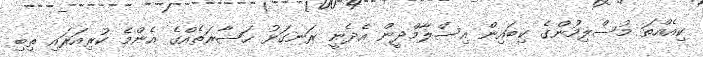
ކިއެއްތަ މުސްލިމުންގެ ކިބައިން އިސްލާމްދީން އެދެނީ ރަނގަޅު ޙަޟާރަތެއްގެ އެންމެ ކުރިއަރައި ތިބި